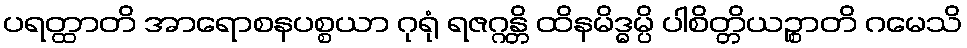
ပရတ္ထာတိ အာရောစနပစ္စယာ ဂုရုံ ရဇဂ္ဂန္တိ ထိနမိဒ္ဓမ္ပိ ပါစိတ္တိယဉ္စာတိ ဂမေသိ